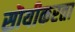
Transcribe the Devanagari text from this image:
सॊयीकरता